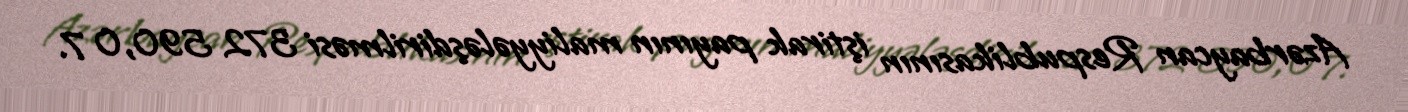
Azərbaycan Respublikasının iştirak payının maliyyələşdirilməsi 372 590,0 7.